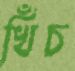
খিঁচ